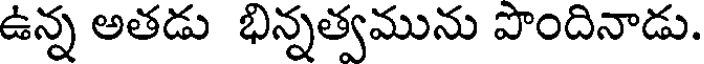
ఉన్న అతడు భిన్నత్వమును పొందినాడు.